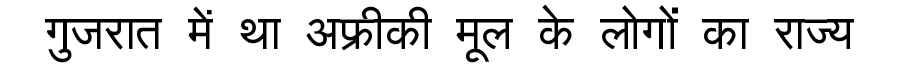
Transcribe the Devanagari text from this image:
गुजरात में था अफ्रीकी मूल के लोगों का राज्य